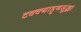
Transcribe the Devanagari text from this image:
टक्क्याहूनसुद्धा